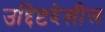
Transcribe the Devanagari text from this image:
उद्दिष्टदेखील